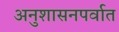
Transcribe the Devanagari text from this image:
अनुशासनपर्वात